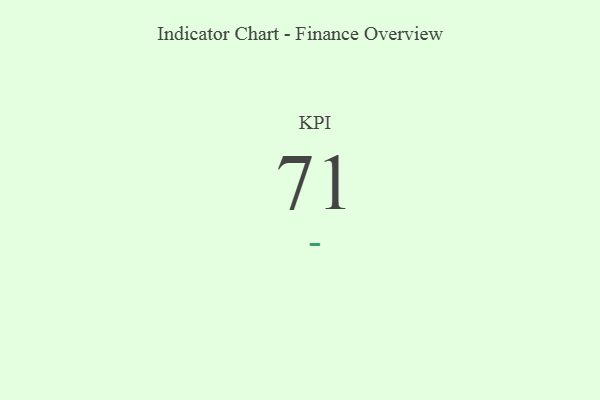
{"axis": {"x": "KPI", "y": "Value"}, "legend": [""], "data": [{"x": "KPI", "y": 71, "type": ""}]}